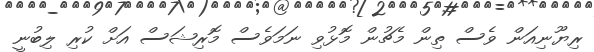
ރިޔޫނިއަން ވެސް ތިން މެޗުން މޮޅުވި ނަމަވެސް މޮރިޝަސް އަށް ކުރި ލިބުނީ